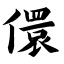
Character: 儇